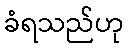
ခံရသည်ဟု